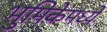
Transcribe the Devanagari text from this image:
भुमिकेमध्ये